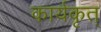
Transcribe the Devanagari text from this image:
कार्यकृत्